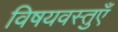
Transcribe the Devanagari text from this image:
विषयवस्तुएँ